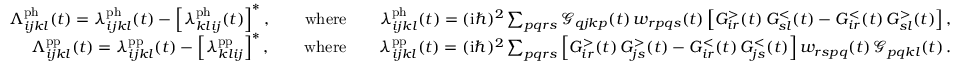
\begin{array} { r } { \Lambda _ { i j k l } ^ { \mathrm { p h } } ( t ) = \lambda _ { i j k l } ^ { \mathrm { p h } } ( t ) - \left[ \lambda _ { k l i j } ^ { \mathrm { p h } } ( t ) \right] ^ { * } , \qquad \mathrm { w h e r e } \qquad \lambda _ { i j k l } ^ { \mathrm { p h } } ( t ) = ( \mathrm { i } \hbar ) ^ { 2 } \sum _ { p q r s } \mathcal { G } _ { q j k p } ( t ) \, w _ { r p q s } ( t ) \left[ G _ { i r } ^ { > } ( t ) \, G _ { s l } ^ { < } ( t ) - G _ { i r } ^ { < } ( t ) \, G _ { s l } ^ { > } ( t ) \right] , } \\ { \Lambda _ { i j k l } ^ { \mathrm { p p } } ( t ) = \lambda _ { i j k l } ^ { \mathrm { p p } } ( t ) - \left[ \lambda _ { k l i j } ^ { \mathrm { p p } } \right] ^ { * } , \qquad \mathrm { w h e r e } \qquad \lambda _ { i j k l } ^ { \mathrm { p p } } ( t ) = ( \mathrm { i } \hbar ) ^ { 2 } \sum _ { p q r s } \left[ G _ { i r } ^ { > } ( t ) \, G _ { j s } ^ { > } ( t ) - G _ { i r } ^ { < } ( t ) \, G _ { j s } ^ { < } ( t ) \right] w _ { r s p q } ( t ) \, \mathcal { G } _ { p q k l } ( t ) \, . } \end{array}